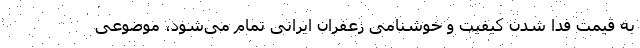
به قیمت فدا شدن کیفیت و خوشنامی زعفران ایرانی تمام می‌شود، موضوعی